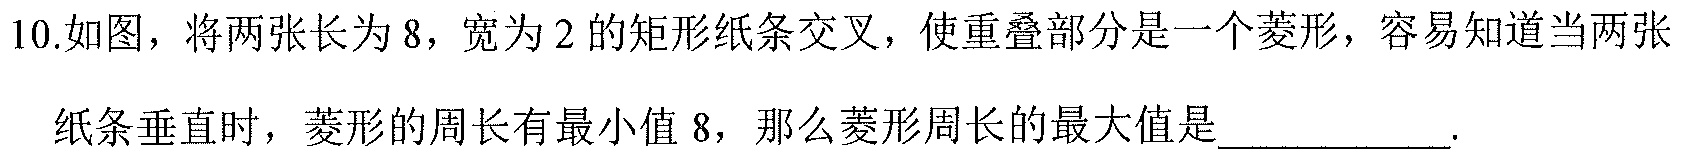
10.如图，将两张长为\(8\)，宽为\(2\)的矩形纸条交叉，使重叠部分是一个菱形，容易知道当两张纸条垂直时，菱形的周长有最小值\(8\)，那么菱形周长的最大值是__________.